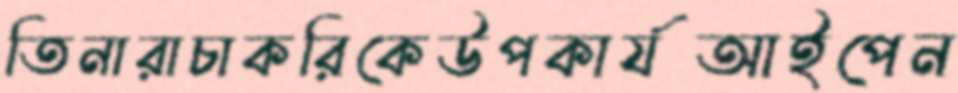
তিনারাচাকরিকেউপকার্যআইপেন